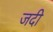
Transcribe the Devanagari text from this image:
जदी